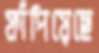
ফাঁপিয়েছে